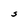
Character: S